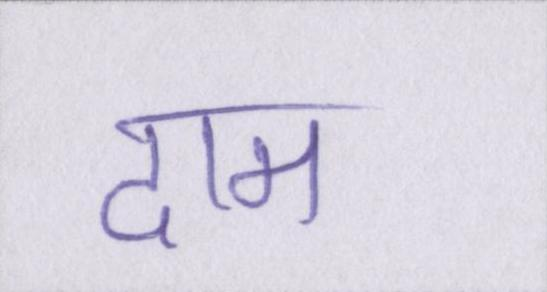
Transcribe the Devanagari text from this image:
दाम